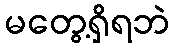
မတွေ့ရှိရဘဲ